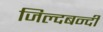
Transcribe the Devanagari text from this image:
जिल्दबन्दी